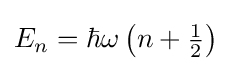
E_{n}=\hbar \omega \left(n+{\tfrac {1}{2}}\right)